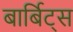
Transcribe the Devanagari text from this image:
बार्बिट्स